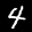
Label: 4